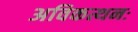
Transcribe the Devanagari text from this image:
अविकत्थनः